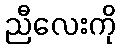
ညီလေးကို